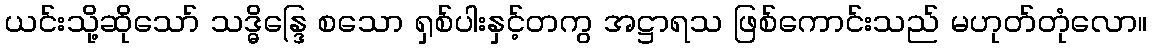
ယင်းသို့ဆိုသော် သဒ္ဓိန္ဒြေ စသော ရှစ်ပါးနှင့်တကွ အဋ္ဌာရသ ဖြစ်ကောင်းသည် မဟုတ်တုံလော။